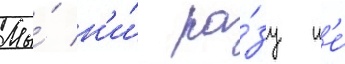
Мы́ н'и́ ра́зу н'е́